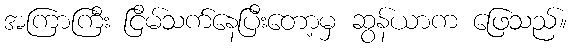
အကြာကြီး ငြိမ်သက်နေပြီးတော့မှ ဆွန်ယာက ဖြေသည်။